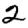
Digit: 2